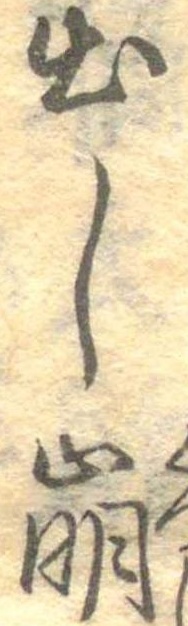
出し崩